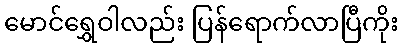
မောင်ရွှေဝါလည်း ပြန်ရောက်လာပြီကိုး